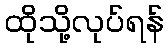
ထိုသို့လုပ်ရန်